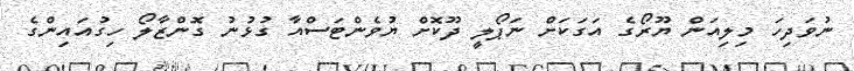
ނުވަދިހަ މިލިއަން ޔޫރޯގެ އަގަކަށް ނަޕޯލީ ދޫކޮށް ޔުވެންޓަސްއާ ގުޅުނު ގޮންޒާލޯ ހިގުއައިންގެ